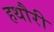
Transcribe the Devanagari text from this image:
हथौरी